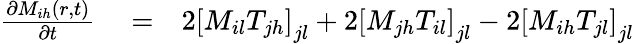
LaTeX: \begin{array}{rlr}{\frac{\partial M_{ih}(r,t)}{\partial t}}&{{}=}&{2\left[M_{il}T_{jh}\right]_{jl}+2\left[M_{jh}T_{il}\right]_{jl}-2\left[M_{ih}T_{jl}\right]_{jl}}\end{array}